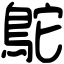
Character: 鴕